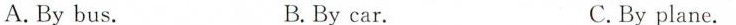
A. By bus. B. By car. C.By plane.